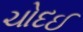
ચોદઈ